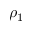
\rho _ { 1 }